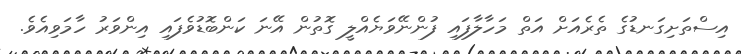
އިސްތަށިގަނޑުގެ ތެރެއަށް އަތް މަހާލާފައި ފުންނޭވަޔެއްލީ ގޮތުން އޭނަ ކަންބޮޑުވެފައި އިންވަރު ހާމަވިއެވެ.